Vaccination in Burma 1920-1933 - 1920-1933
Year: 1920
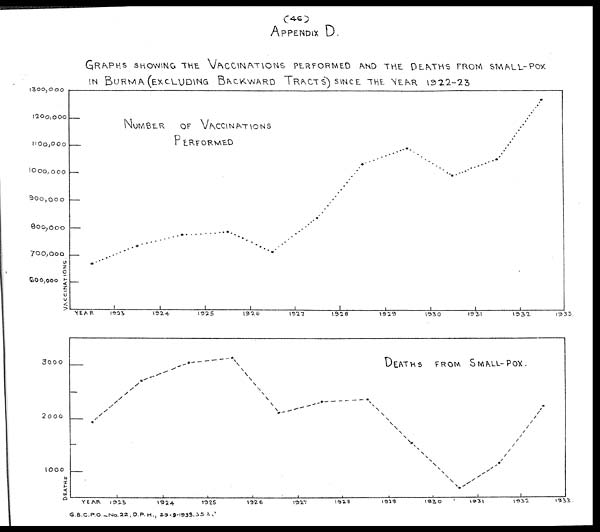
(46)
APPENDIX D.
GRAPHS SHOWING THE VACCINATIONS PERFORMED AND THE DEATHS FORM SMALL-POX
IN BURMA (EXCLUDING BACKWARD TRACTS) SINCE THE YEAR
1922-23
G.B.C.P.O.—.No.22,D.P. H., 29-9-1933.322.